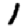
Digit: 1